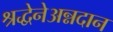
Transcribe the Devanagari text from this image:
श्रद्धेनेअन्नदान